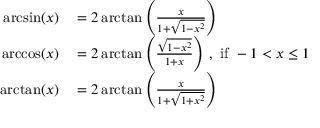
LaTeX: \begin{array} { r l } { \arcsin ( x ) } & { { } = 2 \arctan \left( { \frac { x } { 1 + { \sqrt { 1 - x ^ { 2 } } } } } \right) } \\ { \operatorname { a r c c o s } ( x ) } & { { } = 2 \arctan \left( { \frac { \sqrt { 1 - x ^ { 2 } } } { 1 + x } } \right) \, , { \mathrm { ~ i f ~ } } - 1 < x \leq 1 } \\ { \arctan ( x ) } & { { } = 2 \arctan \left( { \frac { x } { 1 + { \sqrt { 1 + x ^ { 2 } } } } } \right) } \end{array}